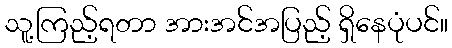
သူ့ကြည့်ရတာ အားအင်အပြည့် ရှိနေပုံပင်။